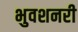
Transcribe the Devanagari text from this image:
भुवशनरी